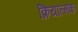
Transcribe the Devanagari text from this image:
क्रियात्‍मक